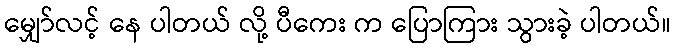
မျှော်လင့် နေ ပါတယ် လို့ ပီကေး က ပြောကြား သွားခဲ့ ပါတယ်။